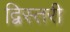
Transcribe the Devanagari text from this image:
द्विस्तरी